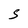
Character: S